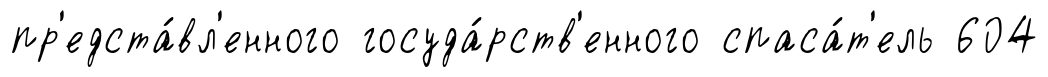
пр'едста́вл'енного госуда́рств'енного спаса́т'ель 604